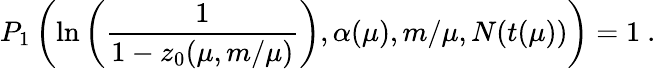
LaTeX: P_{1}\left(\ln\left({\frac{1}{1-z_{0}(\mu,m/\mu)}}\right),\alpha(\mu),m/\mu,N(t(\mu))\right)=1\ .